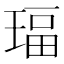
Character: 𰢅